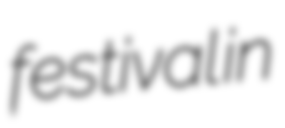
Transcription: festival in